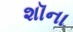
શૉના